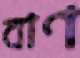
বাণ